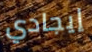
إيجادي